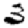
Digit: 3